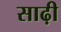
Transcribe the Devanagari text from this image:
साढ़ी